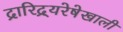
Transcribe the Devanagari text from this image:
द्रारिद्र्यरेषेखाली